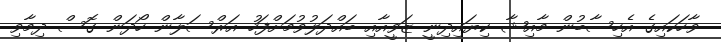
ވާހަކައިގެ އެހިސާބުން މާއިޝާ ކިޔައިދިނީ ޒަވީއާއި ބައްދަލުވުމަށްފަހު އަރްސަލާން ހޯދަން ގޮސް ދިމާވި